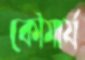
কৌমার্য